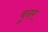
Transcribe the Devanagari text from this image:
बुनर